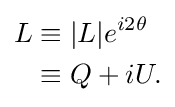
{\begin{aligned}L&\equiv |L|e^{i2\theta }\\&\equiv Q+iU.\\\end{aligned}}